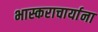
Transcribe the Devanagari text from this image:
भास्कराचार्याना